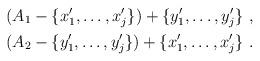
LaTeX: \begin{gather*} (A_1-\{x'_1,\dots,x'_j\})+\{y'_1,\dots,y'_j\}\ ,\\ (A_2-\{y'_1,\dots,y'_j\})+\{x'_1,\dots,x'_j\}\ .\end{gather*}